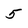
Character: 5